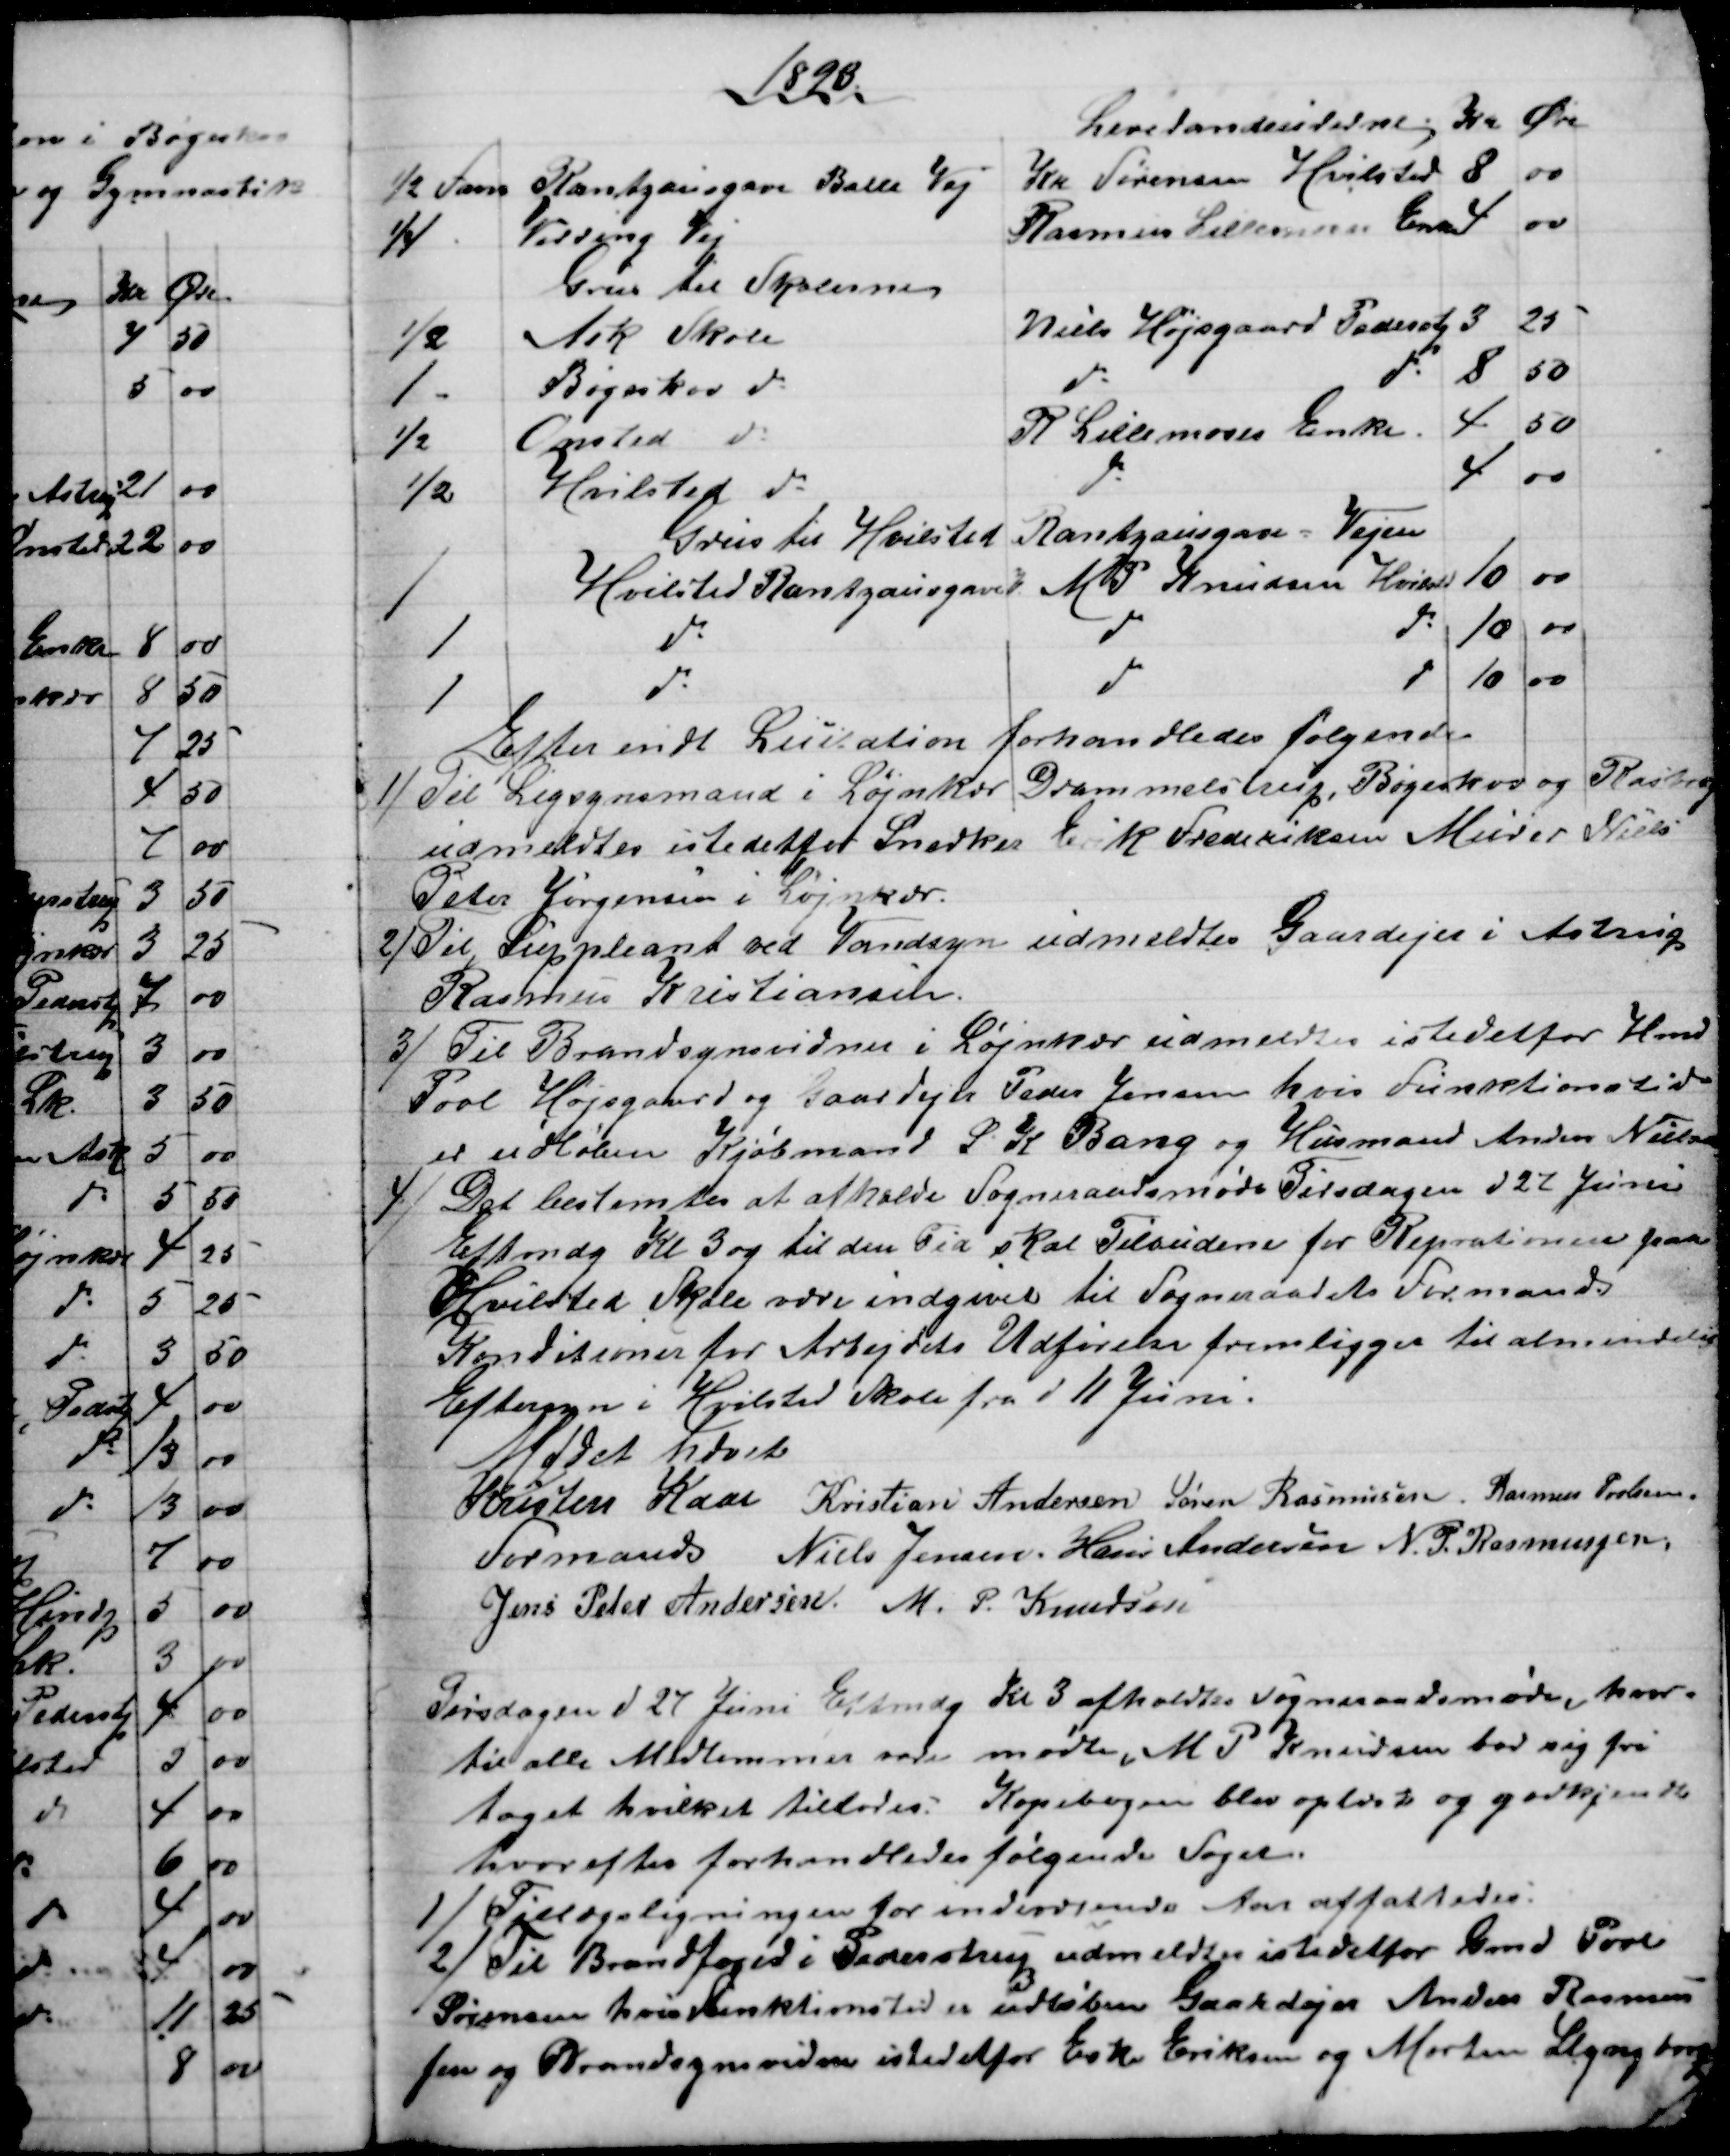
Transskription:
1893.
Leverandeurerne Kr Øre
Leverandeurerne Kr Øre
Leverandeurerne Kr Øre
½ Favn
Rantzausgave Balle Vej
Kr Sørensen Hvilsted 
8
00
½/
Virring Vej
Rasmus Lillemoses Enke
4 
00
Grus til Skolerne
½
Ask Skole
Niels Højsgaard Pederstp 
3 
 25
1
Bøgeskov do
do
do
8
50
½
Onsted do
R Lillemoses Enke.
4
50
½
Hvilsted do
do
4 
00
Grus til Hvilsted Rantzausgave - Vejen
1
Hvilsted Rantzausgave V
M P Knudsen Hvilsted
10
00
1
do
do
do
10
00
1
do
do
do
10
00
Efter endt Licitation forhandledes følgende
1) Til Ligsynsmand i Løjnkær Drammelstrup, Bøgeskov og Rasborg
udmeldtes istedetfor Snedker Erik Frederiksen Murer Niels
Peter Jørgensen i Løjnkær.
2)Til Suppleant ved Vandsyn udmeldtes Gaardejer i Astrup
Rasmus Kristiansen.
3) Til Brandsynsvidne i Løjnkær udmeldtes istedetfor Hmd
Povl Højsgaard og Gaardejer Peder Jensen hvis Funktionstid
er udløben Kjøbmand S. K. Bang og Husmand Anders Nielsen
4) Det bestemtes at afholde Sogneraadsmøde Tirsdagen d 27 Juni
Eftmdg Kl 3 og til den Tid skal Tilbudene for Reprationen paa
Hvilsted Skole være indgivet til Sogneraadets Formand
Konditioner for Arbejdets Udførelse fremligger til almindelig
Eftersyn i Hvilsted Skole fra d 11 Juni.
Mødet hævet
Kristen Kaae 
Formand  
Kristian Andersen Søren Rasmussen. Rasmus Povlsen.
Niels Jensen. Hans Andersen N. P. Rasmussen.
Jens Peter Andersen. M. P. Knudsen
Tirsdagen d 27 Juni Eftmdg Kl 3 afholdtes Sogneraadsmøde, hvor=
til alle Medlemmer vare mødte, M. P. Knudsen bad sig fri
taget hvilket tillodes. Kopibogen blev oplæst og godkjendt
hvorefter forhandledes følgende Sager.
1) Tillægsligningen for indeværende Aar affattedes.
2) Til Brandfoged i Pederstrup udmeldtes istedetfor Gmd Povl
Sørensen hvis funktionstid er udløben Gaardejer Anders Rasmus
sen og Brandsynsvidner istedetfor Eske Eriksen og Morten Slyngborg